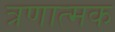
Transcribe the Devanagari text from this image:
त्रणात्मक